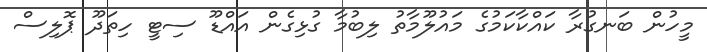
މީހުން ބަނގުރާ ކައްކާކަމުގެ މައުލޫމާތު ލިބުމާ ގުޅިގެން އައްޑޫ ސިޓީ ހިތަދޫ ޕޮލިސް